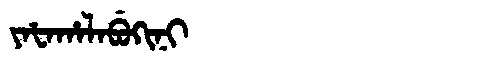
Manchu: ᠶᠠᡶᠠᡥᠠᠯᠠᠪᡠᡴᡳᠨᡳ
Romanization: YAFAHALABUKINI